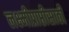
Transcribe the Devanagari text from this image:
लक्ष्मीप्राप्तीसाठी